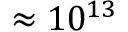
\approx 1 0 ^ { 1 3 }